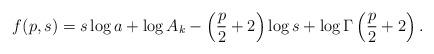
LaTeX: \begin{align*}f(p,s) = s\log a+\log A_k-\left(\frac{p}{2}+2\right)\log s + \log \Gamma\left(\frac{p}{2}+2\right).\end{align*}